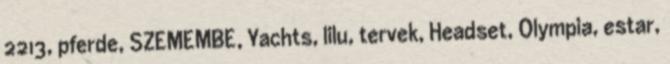
2213, pferde, SZEMEMBE, Yachts, lilu, tervek, Headset, Olympia, estar,